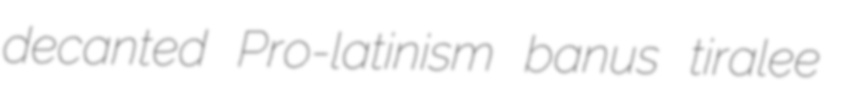
decanted Pro-latinism banus tiralee